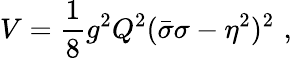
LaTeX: V=\frac 18g^{2}Q^{2}(\bar{\sigma}\sigma-\eta^{2})^{2}\, \, ,